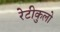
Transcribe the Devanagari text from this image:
रेटीकुलो